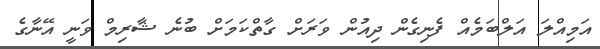
އަމިއްލަ އަލްބަމެއް ފެނިގެން ދިއުން ވަރަށް ގާތްކަމަށް ބުނެ ޝާރިމް ވަނީ އޭނާގެ